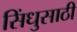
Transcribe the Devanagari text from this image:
सिंधुसाठी